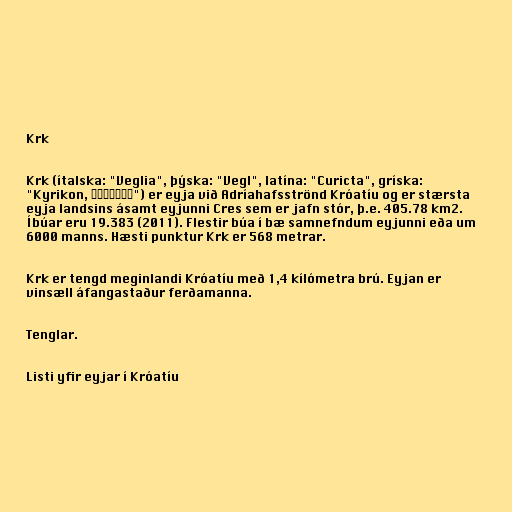
Krk

Krk (ítalska: "Veglia", þýska: "Vegl", latína: "Curicta", gríska:
"Kyrikon, Κύρικον") er eyja við Adríahafsströnd Króatíu og er stærsta
eyja landsins ásamt eyjunni Cres sem er jafn stór, þ.e. 405.78 km2.
Íbúar eru 19.383 (2011). Flestir búa í bæ samnefndum eyjunni eða um
6000 manns. Hæsti punktur Krk er 568 metrar.

Krk er tengd meginlandi Króatíu með 1,4 kílómetra brú. Eyjan er
vinsæll áfangastaður ferðamanna.

Tenglar.

Listi yfir eyjar í Króatíu